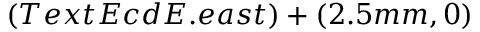
( T e x t E c d E . e a s t ) + ( 2 . 5 m m , 0 )